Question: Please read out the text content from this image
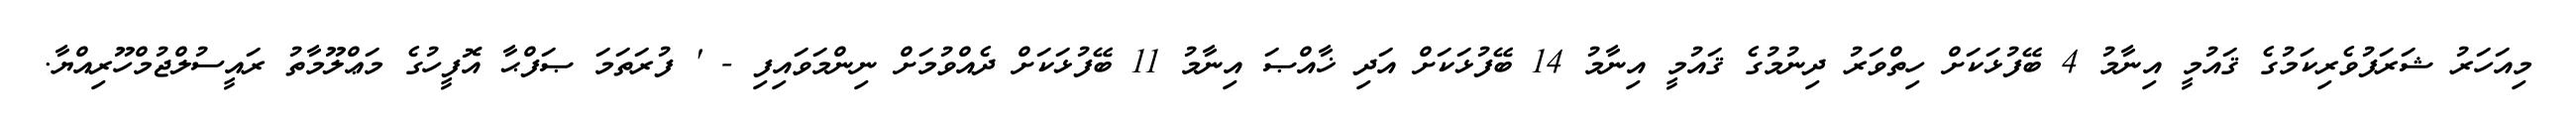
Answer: މިއަހަރު ޝަރަފުވެރިކަމުގެ ޤައުމީ އިނާމު 4 ބޭފުޅަކަށް ހިތްވަރު ދިނުމުގެ ޤައުމީ އިނާމު 14 ބޭފުޅަކަށް އަދި ޚާއްޞަ އިނާމު 11 ބޭފުޅަކަށް ދެއްވުމަށް ނިންމަވައިފި - ' ފުރަތަމަ ޞަފްޙާ އޮފީހުގެ މަޢްލޫމާތު ރައީސުލްޖުމްހޫރިއްޔާ.